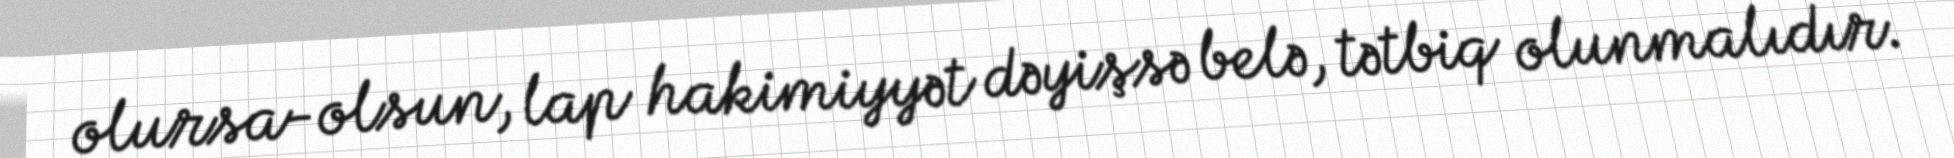
olursa-olsun, lap hakimiyyət dəyişsə belə, tətbiq olunmalıdır.